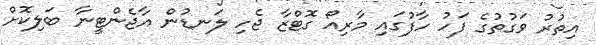
އިތުރު ވަގުތުގެ ފަހު ހާފުގައި މާރިއޯ ގޮޓްޒާ ޖެހި ލަނޑުން އާޖެންޓީނާ ބަލިކޮށް